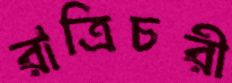
রাত্রিচরী